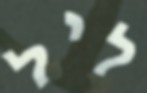
ליל